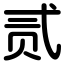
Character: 贰